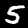
Label: 5